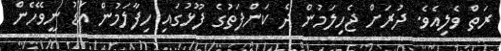
ރަތް ވެލިއެވެ. ދުރަށް ޖެހިލަމުން ދެ ކަންފަތުގެ ފޫޅުގައި ހިފާލަމުން އަޑު ނީވޭހެން